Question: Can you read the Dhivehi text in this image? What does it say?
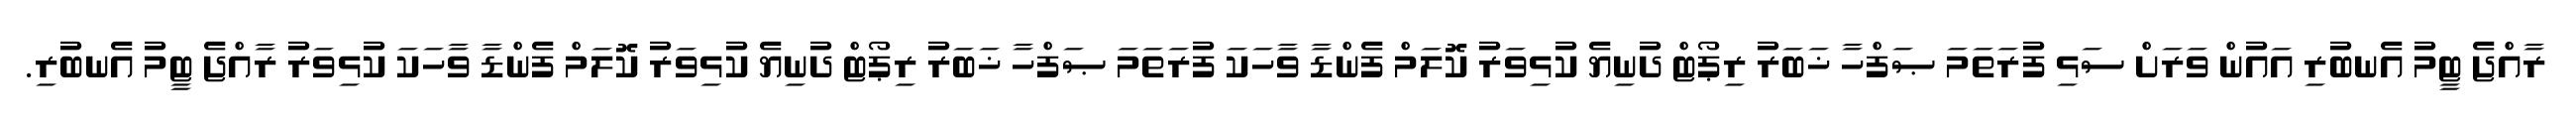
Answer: ރާއްޖެ ޓީމު އެނބުރި އައުން ވަރަށް ސަޅި ފުރަތަމަ ޞަފްހާ ޚަބަރު ރިޕޯޓް ދުނިޔެ ކުޅިވަރު ކޮލަމް ފެންޑާ ވާހަކަ ފުރަތަމަ ޞަފްހާ ޚަބަރު ރިޕޯޓް ދުނިޔެ ކުޅިވަރު ކޮލަމް ފެންޑާ ވާހަކަ ކުޅިވަރު ރާއްޖެ ޓީމު އެނބުރި.